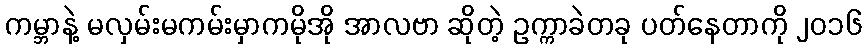
ကမ္ဘာနဲ့ မလှမ်းမကမ်းမှာကမိုအို အာလဗာ ဆိုတဲ့ ဥက္ကာခဲတခု ပတ်နေတာကို ၂၀၁၆